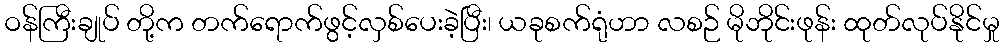
ဝန်ကြီးချုပ် တို့က တက်ရောက်ဖွင့်လှစ်ပေးခဲ့ပြီး၊ ယခုစက်ရုံဟာ လစဉ် မိုဘိုင်းဖုန်း ထုတ်လုပ်နိုင်မှု